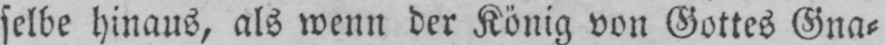
selbe hinaus, als wenn der König von Gottes Gna⸗